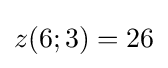
z(6;3)=26